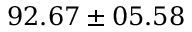
9 2 . 6 7 \pm 0 5 . 5 8